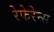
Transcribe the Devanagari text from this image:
रेफेरेन्‍स